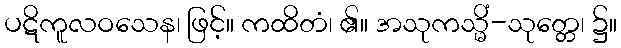
ပဋိကူလဝသေန၊ ဖြင့်။ ကထိတံ၊ ၏။ အသုကသ္မိံ-သုတ္တေ၊ ၌။